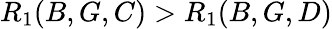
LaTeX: R_{1}(B,G,C)>R_{1}(B,G,D)